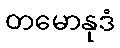
တမောနုဒံ